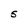
Character: 5